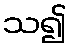
သ၍